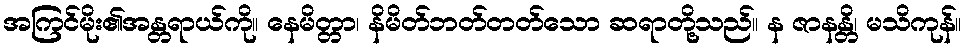
အကြင်မိုး၏အန္တရာယ်ကို။ နေမိတ္တာ၊ နိမိတ်ဘတ်တတ်သော ဆရာတို့သည်။ န ဇာနန္တိ၊ မသိကုန်။